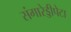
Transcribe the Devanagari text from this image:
संगारेड्डीपेटा